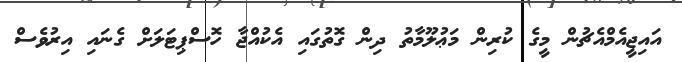
އައިޖީއެމްއެޗުން މީގެ ކުރިން މަޢުލޫމާތު ދިން ގޮތުގައި އެކުއްޖާ ހޮސްޕިޓަލަށް ގެނައި އިރުވެސް